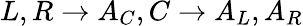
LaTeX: L,R\rightarrow A_{C},C\rightarrow A_{L},A_{R}